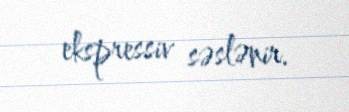
ekspressiv səslənir.